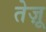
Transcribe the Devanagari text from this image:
तेज़ू